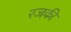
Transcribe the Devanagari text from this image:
रजकी